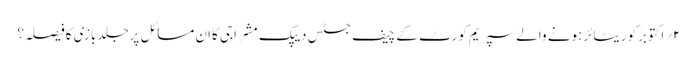
۲؍اکتوبرکوریٹائرہونے والے سپریم کورٹ کے چیف جسٹس دیپک مشراجی کاان مسائل پرجلدبازی کافیصلہ؟